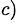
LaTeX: ^{c)}